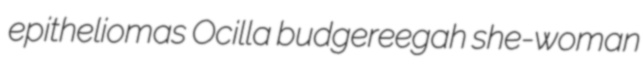
epitheliomas Ocilla budgereegah she-woman